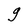
Character: g